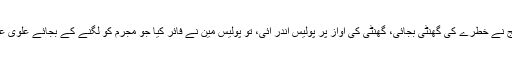
اس دوران جج نے خطرے کی گھنٹی بجائی، گھنٹی کی آواز پر پولیس اندر آئی، تو پولیس مین نے فائر کیا جو مجرم کو لگنے کے بجائے علوی علی کو جالگا۔